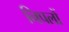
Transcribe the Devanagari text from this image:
निपलों